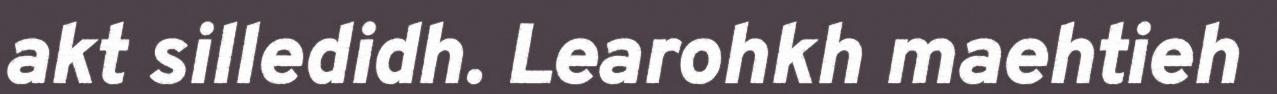
akt silledidh. Learohkh maehtieh